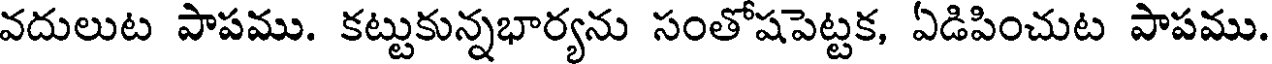
వదులుట పాపము. కట్టుకున్నభార్యను సంతోషపెట్టక, ఏడిపించుట పాపము.